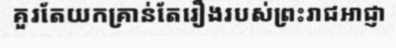
គួរតែយកគ្រាន់តែរឿងរបស់ព្រះរាជអាជ្ញា